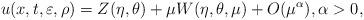
LaTeX: \begin{align*} u(x,t,\varepsilon,\rho) = Z(\eta,\theta) + \mu W(\eta,\theta,\mu) + O(\mu^{\alpha}), \alpha>0, \end{align*}